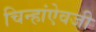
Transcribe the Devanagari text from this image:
चिन्हांऐवजी